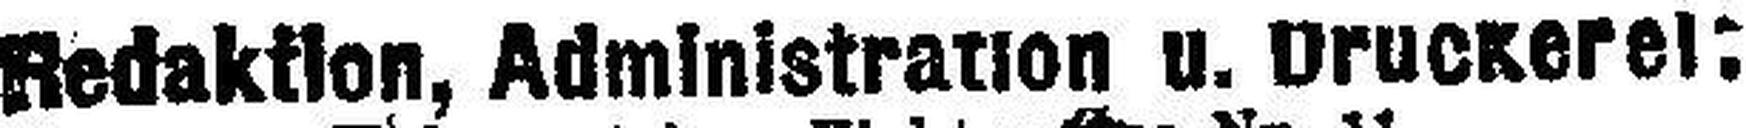
Redaktion, Administration u. Druckerei: